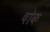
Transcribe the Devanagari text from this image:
षोक